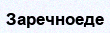
Заречноеде